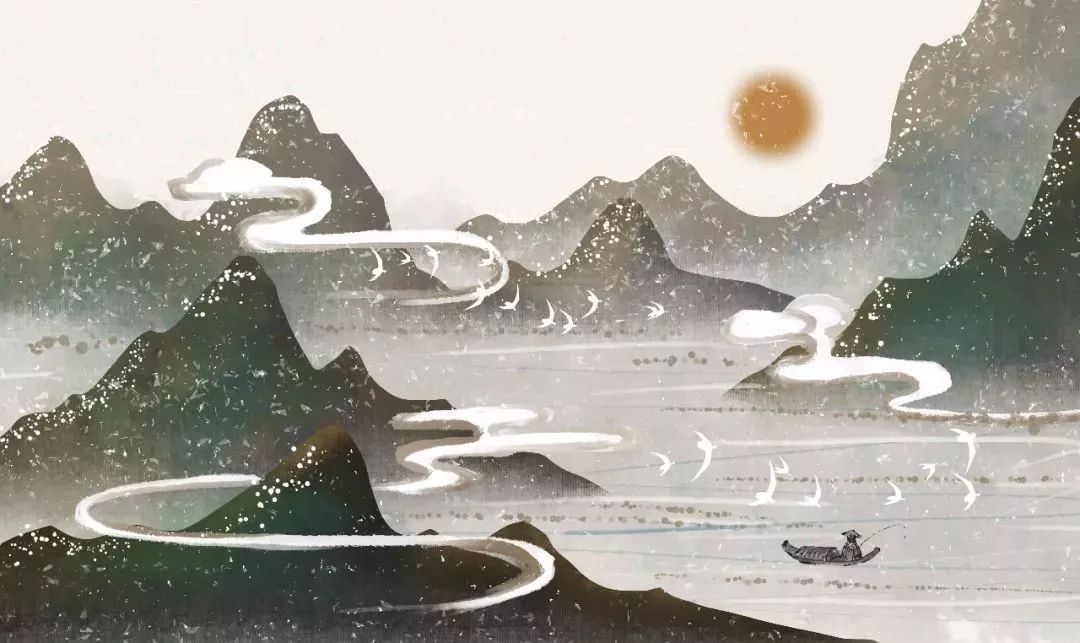
一叶叶，一声声，空阶滴到明。